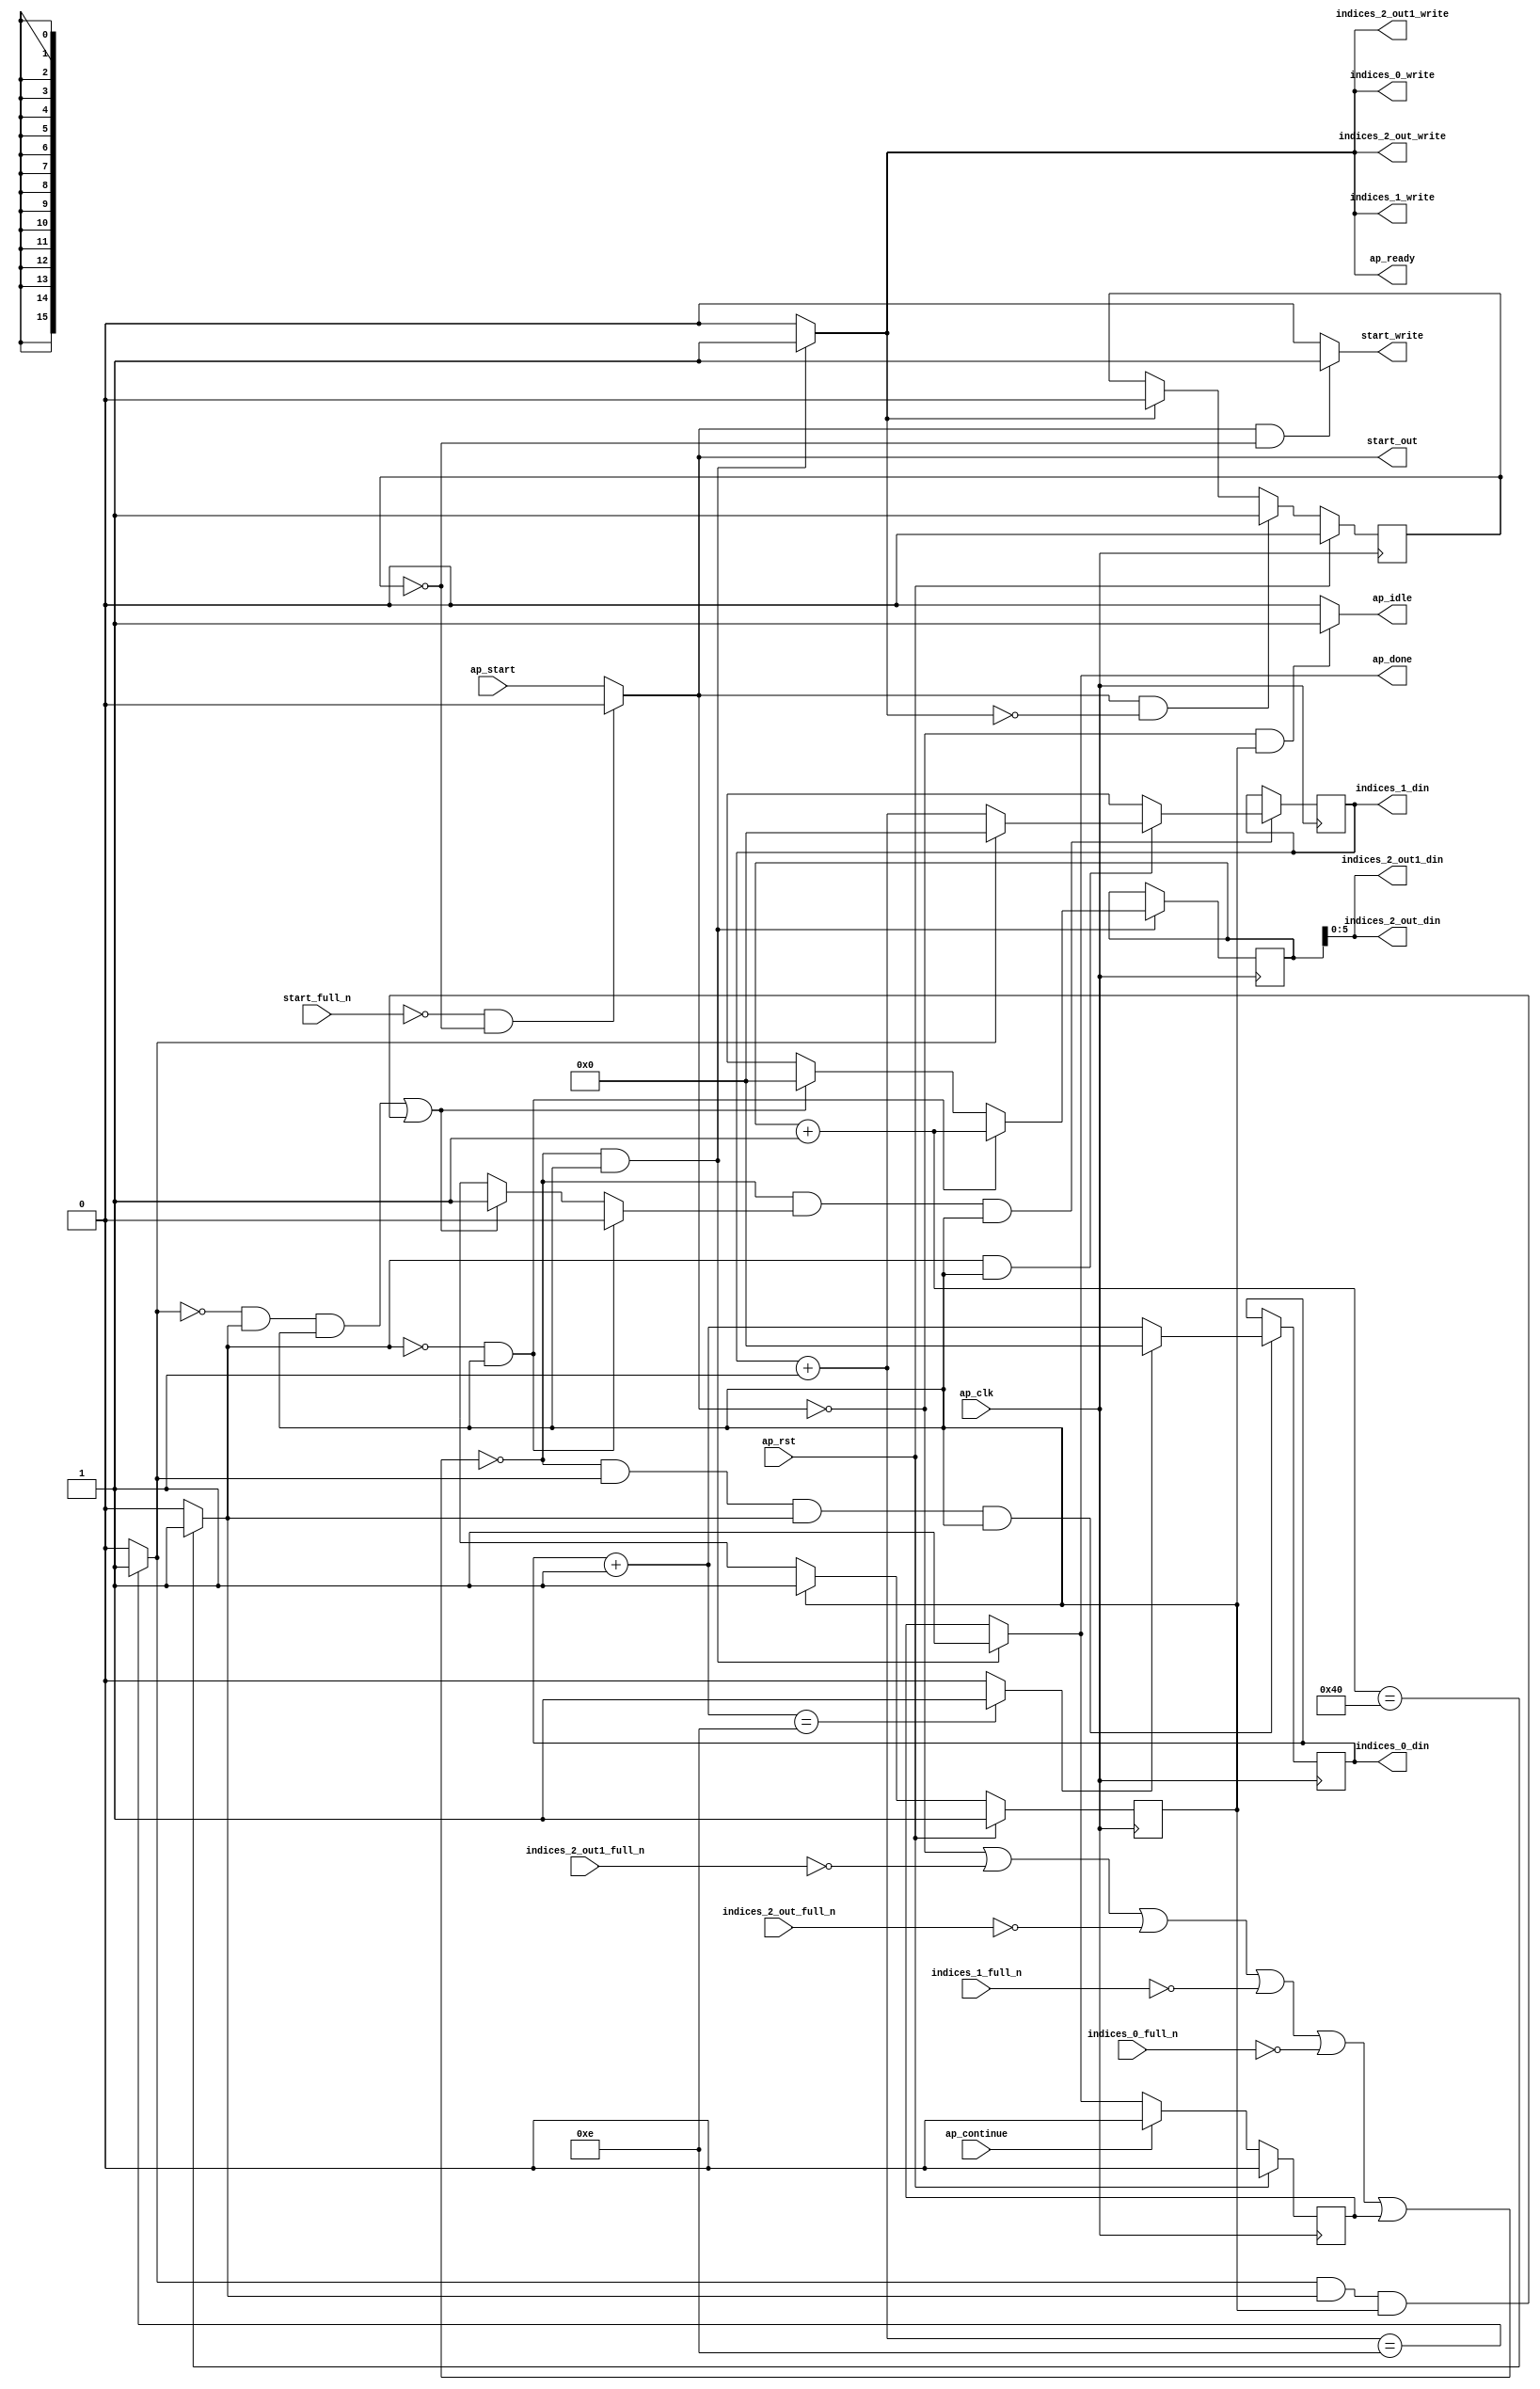
`define EXPONENT 5
`define MANTISSA 10
`define ACTUAL_MANTISSA 11
`define EXPONENT_LSB 10
`define EXPONENT_MSB 14
`define MANTISSA_LSB 0
`define MANTISSA_MSB 9
`define MANTISSA_MUL_SPLIT_LSB 3
`define MANTISSA_MUL_SPLIT_MSB 9
`define SIGN 1
`define SIGN_LOC 15
`define DWIDTH (`SIGN+`EXPONENT+`MANTISSA)
`define IEEE_COMPLIANCE 1

module td_fused_top_tdf9_get_next_ijk (
        ap_clk,
        ap_rst,
        ap_start,
        start_full_n,
        ap_done,
        ap_continue,
        ap_idle,
        ap_ready,
        start_out,
        start_write,
        indices_0_din,
        indices_0_full_n,
        indices_0_write,
        indices_1_din,
        indices_1_full_n,
        indices_1_write,
        indices_2_out_din,
        indices_2_out_full_n,
        indices_2_out_write,
        indices_2_out1_din,
        indices_2_out1_full_n,
        indices_2_out1_write
);

parameter    ap_ST_fsm_state1 = 1'd1;

input   ap_clk;
input   ap_rst;
input   ap_start;
input   start_full_n;
output   ap_done;
input   ap_continue;
output   ap_idle;
output   ap_ready;
output   start_out;
output   start_write;
output  [15:0] indices_0_din;
input   indices_0_full_n;
output   indices_0_write;
output  [15:0] indices_1_din;
input   indices_1_full_n;
output   indices_1_write;
output  [5:0] indices_2_out_din;
input   indices_2_out_full_n;
output   indices_2_out_write;
output  [5:0] indices_2_out1_din;
input   indices_2_out1_full_n;
output   indices_2_out1_write;

reg ap_done;
reg ap_idle;
reg start_write;
reg indices_0_write;
reg indices_1_write;
reg indices_2_out_write;
reg indices_2_out1_write;

reg    real_start;
reg    start_once_reg;
reg    ap_done_reg;
  reg   [0:0] ap_CS_fsm;
wire    ap_CS_fsm_state1;
reg    internal_ap_ready;
reg   [15:0] i;
reg   [15:0] j;
reg   [15:0] k;
reg    indices_0_blk_n;
reg    indices_1_blk_n;
reg    indices_2_out_blk_n;
reg    indices_2_out1_blk_n;
reg   [0:0] ap_phi_mux_j_flag_0_i_phi_fu_77_p6;
reg    ap_block_state1;
wire   [0:0] icmp_ln78_fu_141_p2;
wire   [0:0] icmp_ln81_fu_154_p2;
reg   [15:0] ap_phi_mux_j_new_0_i_phi_fu_91_p6;
wire   [15:0] add_ln80_fu_147_p2;
reg   [15:0] ap_phi_mux_k_new_0_i_phi_fu_104_p6;
wire   [15:0] add_ln77_fu_134_p2;
wire   [15:0] select_ln84_fu_172_p3;
wire   [5:0] trunc_ln76_fu_128_p1;
wire   [15:0] add_ln83_fu_160_p2;
wire   [0:0] icmp_ln84_fu_166_p2;
reg   [0:0] ap_NS_fsm;
wire    ap_ce_reg;

// power-on initialization
initial begin
#0 start_once_reg = 1'b0;
#0 ap_done_reg = 1'b0;
#0 ap_CS_fsm = 1'd1;
#0 i = 16'd0;
#0 j = 16'd0;
#0 k = 16'd0;
end

always @ (posedge ap_clk) begin
    if (ap_rst == 1'b1) begin
        ap_CS_fsm <= ap_ST_fsm_state1;
    end else begin
        ap_CS_fsm <= ap_NS_fsm;
    end
end

always @ (posedge ap_clk) begin
    if (ap_rst == 1'b1) begin
        ap_done_reg <= 1'b0;
    end else begin
        if ((ap_continue == 1'b1)) begin
            ap_done_reg <= 1'b0;
        end else if ((~((real_start == 1'b0) | (indices_2_out1_full_n == 1'b0) | (indices_2_out_full_n == 1'b0) | (indices_1_full_n == 1'b0) | (indices_0_full_n == 1'b0) | (ap_done_reg == 1'b1)) & (1'b1 == ap_CS_fsm_state1))) begin
            ap_done_reg <= 1'b1;
        end
    end
end

always @ (posedge ap_clk) begin
    if (ap_rst == 1'b1) begin
        start_once_reg <= 1'b0;
    end else begin
        if (((real_start == 1'b1) & (internal_ap_ready == 1'b0))) begin
            start_once_reg <= 1'b1;
        end else if ((internal_ap_ready == 1'b1)) begin
            start_once_reg <= 1'b0;
        end
    end
end

always @ (posedge ap_clk) begin
    if ((~((real_start == 1'b0) | (indices_2_out1_full_n == 1'b0) | (indices_2_out_full_n == 1'b0) | (indices_1_full_n == 1'b0) | (indices_0_full_n == 1'b0) | (ap_done_reg == 1'b1)) & (icmp_ln81_fu_154_p2 == 1'd1) & (icmp_ln78_fu_141_p2 == 1'd1) & (1'b1 == ap_CS_fsm_state1))) begin
        i <= select_ln84_fu_172_p3;
    end
end

always @ (posedge ap_clk) begin
    if ((~((real_start == 1'b0) | (indices_2_out1_full_n == 1'b0) | (indices_2_out_full_n == 1'b0) | (indices_1_full_n == 1'b0) | (indices_0_full_n == 1'b0) | (ap_done_reg == 1'b1)) & (ap_phi_mux_j_flag_0_i_phi_fu_77_p6 == 1'd1) & (1'b1 == ap_CS_fsm_state1))) begin
        j <= ap_phi_mux_j_new_0_i_phi_fu_91_p6;
    end
end

always @ (posedge ap_clk) begin
    if ((~((real_start == 1'b0) | (indices_2_out1_full_n == 1'b0) | (indices_2_out_full_n == 1'b0) | (indices_1_full_n == 1'b0) | (indices_0_full_n == 1'b0) | (ap_done_reg == 1'b1)) & (1'b1 == ap_CS_fsm_state1))) begin
        k <= ap_phi_mux_k_new_0_i_phi_fu_104_p6;
    end
end

always @ (*) begin
    if ((~((real_start == 1'b0) | (indices_2_out1_full_n == 1'b0) | (indices_2_out_full_n == 1'b0) | (indices_1_full_n == 1'b0) | (indices_0_full_n == 1'b0) | (ap_done_reg == 1'b1)) & (1'b1 == ap_CS_fsm_state1))) begin
        ap_done = 1'b1;
    end else begin
        ap_done = ap_done_reg;
    end
end

always @ (*) begin
    if (((real_start == 1'b0) & (1'b1 == ap_CS_fsm_state1))) begin
        ap_idle = 1'b1;
    end else begin
        ap_idle = 1'b0;
    end
end

always @ (*) begin
    if (((icmp_ln78_fu_141_p2 == 1'd0) & (1'b1 == ap_CS_fsm_state1))) begin
        ap_phi_mux_j_flag_0_i_phi_fu_77_p6 = 1'd0;
    end else if ((((icmp_ln81_fu_154_p2 == 1'd0) & (icmp_ln78_fu_141_p2 == 1'd1) & (1'b1 == ap_CS_fsm_state1)) | ((icmp_ln81_fu_154_p2 == 1'd1) & (icmp_ln78_fu_141_p2 == 1'd1) & (1'b1 == ap_CS_fsm_state1)))) begin
        ap_phi_mux_j_flag_0_i_phi_fu_77_p6 = 1'd1;
    end else begin
        ap_phi_mux_j_flag_0_i_phi_fu_77_p6 = 'bx;
    end
end

always @ (*) begin
    if (((icmp_ln78_fu_141_p2 == 1'd1) & (1'b1 == ap_CS_fsm_state1))) begin
        if ((icmp_ln81_fu_154_p2 == 1'd0)) begin
            ap_phi_mux_j_new_0_i_phi_fu_91_p6 = add_ln80_fu_147_p2;
        end else if ((icmp_ln81_fu_154_p2 == 1'd1)) begin
            ap_phi_mux_j_new_0_i_phi_fu_91_p6 = 16'd0;
        end else begin
            ap_phi_mux_j_new_0_i_phi_fu_91_p6 = 'bx;
        end
    end else begin
        ap_phi_mux_j_new_0_i_phi_fu_91_p6 = 'bx;
    end
end

always @ (*) begin
    if (((icmp_ln78_fu_141_p2 == 1'd0) & (1'b1 == ap_CS_fsm_state1))) begin
        ap_phi_mux_k_new_0_i_phi_fu_104_p6 = add_ln77_fu_134_p2;
    end else if ((((icmp_ln81_fu_154_p2 == 1'd0) & (icmp_ln78_fu_141_p2 == 1'd1) & (1'b1 == ap_CS_fsm_state1)) | ((icmp_ln81_fu_154_p2 == 1'd1) & (icmp_ln78_fu_141_p2 == 1'd1) & (1'b1 == ap_CS_fsm_state1)))) begin
        ap_phi_mux_k_new_0_i_phi_fu_104_p6 = 16'd0;
    end else begin
        ap_phi_mux_k_new_0_i_phi_fu_104_p6 = 'bx;
    end
end

always @ (*) begin
    if ((~((real_start == 1'b0) | (ap_done_reg == 1'b1)) & (1'b1 == ap_CS_fsm_state1))) begin
        indices_0_blk_n = indices_0_full_n;
    end else begin
        indices_0_blk_n = 1'b1;
    end
end

always @ (*) begin
    if ((~((real_start == 1'b0) | (indices_2_out1_full_n == 1'b0) | (indices_2_out_full_n == 1'b0) | (indices_1_full_n == 1'b0) | (indices_0_full_n == 1'b0) | (ap_done_reg == 1'b1)) & (1'b1 == ap_CS_fsm_state1))) begin
        indices_0_write = 1'b1;
    end else begin
        indices_0_write = 1'b0;
    end
end

always @ (*) begin
    if ((~((real_start == 1'b0) | (ap_done_reg == 1'b1)) & (1'b1 == ap_CS_fsm_state1))) begin
        indices_1_blk_n = indices_1_full_n;
    end else begin
        indices_1_blk_n = 1'b1;
    end
end

always @ (*) begin
    if ((~((real_start == 1'b0) | (indices_2_out1_full_n == 1'b0) | (indices_2_out_full_n == 1'b0) | (indices_1_full_n == 1'b0) | (indices_0_full_n == 1'b0) | (ap_done_reg == 1'b1)) & (1'b1 == ap_CS_fsm_state1))) begin
        indices_1_write = 1'b1;
    end else begin
        indices_1_write = 1'b0;
    end
end

always @ (*) begin
    if ((~((real_start == 1'b0) | (ap_done_reg == 1'b1)) & (1'b1 == ap_CS_fsm_state1))) begin
        indices_2_out1_blk_n = indices_2_out1_full_n;
    end else begin
        indices_2_out1_blk_n = 1'b1;
    end
end

always @ (*) begin
    if ((~((real_start == 1'b0) | (indices_2_out1_full_n == 1'b0) | (indices_2_out_full_n == 1'b0) | (indices_1_full_n == 1'b0) | (indices_0_full_n == 1'b0) | (ap_done_reg == 1'b1)) & (1'b1 == ap_CS_fsm_state1))) begin
        indices_2_out1_write = 1'b1;
    end else begin
        indices_2_out1_write = 1'b0;
    end
end

always @ (*) begin
    if ((~((real_start == 1'b0) | (ap_done_reg == 1'b1)) & (1'b1 == ap_CS_fsm_state1))) begin
        indices_2_out_blk_n = indices_2_out_full_n;
    end else begin
        indices_2_out_blk_n = 1'b1;
    end
end

always @ (*) begin
    if ((~((real_start == 1'b0) | (indices_2_out1_full_n == 1'b0) | (indices_2_out_full_n == 1'b0) | (indices_1_full_n == 1'b0) | (indices_0_full_n == 1'b0) | (ap_done_reg == 1'b1)) & (1'b1 == ap_CS_fsm_state1))) begin
        indices_2_out_write = 1'b1;
    end else begin
        indices_2_out_write = 1'b0;
    end
end

always @ (*) begin
    if ((~((real_start == 1'b0) | (indices_2_out1_full_n == 1'b0) | (indices_2_out_full_n == 1'b0) | (indices_1_full_n == 1'b0) | (indices_0_full_n == 1'b0) | (ap_done_reg == 1'b1)) & (1'b1 == ap_CS_fsm_state1))) begin
        internal_ap_ready = 1'b1;
    end else begin
        internal_ap_ready = 1'b0;
    end
end

always @ (*) begin
    if (((start_full_n == 1'b0) & (start_once_reg == 1'b0))) begin
        real_start = 1'b0;
    end else begin
        real_start = ap_start;
    end
end

always @ (*) begin
    if (((real_start == 1'b1) & (start_once_reg == 1'b0))) begin
        start_write = 1'b1;
    end else begin
        start_write = 1'b0;
    end
end

always @ (*) begin
    case (ap_CS_fsm)
        ap_ST_fsm_state1 : begin
            ap_NS_fsm = ap_ST_fsm_state1;
        end
        default : begin
            ap_NS_fsm = 'bx;
        end
    endcase
end

assign add_ln77_fu_134_p2 = (k + 16'd1);

assign add_ln80_fu_147_p2 = (j + 16'd1);

assign add_ln83_fu_160_p2 = (i + 16'd1);

assign ap_CS_fsm_state1 = ap_CS_fsm[32'd0];

always @ (*) begin
    ap_block_state1 = ((real_start == 1'b0) | (indices_2_out1_full_n == 1'b0) | (indices_2_out_full_n == 1'b0) | (indices_1_full_n == 1'b0) | (indices_0_full_n == 1'b0) | (ap_done_reg == 1'b1));
end

assign ap_ready = internal_ap_ready;

assign icmp_ln78_fu_141_p2 = ((add_ln77_fu_134_p2 == 16'd64) ? 1'b1 : 1'b0);

assign icmp_ln81_fu_154_p2 = ((add_ln80_fu_147_p2 == 16'd14) ? 1'b1 : 1'b0);

assign icmp_ln84_fu_166_p2 = ((add_ln83_fu_160_p2 == 16'd14) ? 1'b1 : 1'b0);

assign indices_0_din = i;

assign indices_1_din = j;

assign indices_2_out1_din = trunc_ln76_fu_128_p1;

assign indices_2_out_din = trunc_ln76_fu_128_p1;

assign select_ln84_fu_172_p3 = ((icmp_ln84_fu_166_p2[0:0] == 1'b1) ? 16'd0 : add_ln83_fu_160_p2);

assign start_out = real_start;

assign trunc_ln76_fu_128_p1 = k[5:0];

endmodule //td_fused_top_tdf9_get_next_ijk